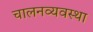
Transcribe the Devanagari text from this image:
चालनव्यवस्था